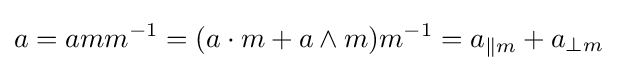
a=amm^{-1}=(a\cdot m+a\wedge m)m^{-1}=a_{\|m}+a_{\perp m}